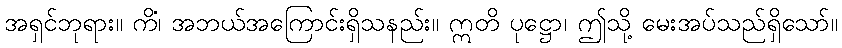
အရှင်ဘုရား။ ကိံ၊ အဘယ်အကြောင်းရှိသနည်း။ ဣတိ ပုဋ္ဌော၊ ဤသို့ မေးအပ်သည်ရှိသော်။